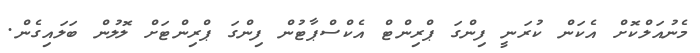
މެނުއަލްކޮށް އެކަން ކުރަނީ ފިންގަ ޕްރިންޓް އެކްސްޕާޓުން ފިންގަ ޕްރިންޓަށް ލޮލުން ބަލައިގެން.